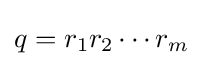
q=r_{1}r_{2}\cdots r_{m}